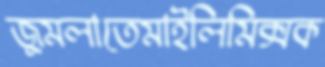
জুমলাতেমাইলিমিক্সক